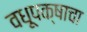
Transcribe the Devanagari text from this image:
वधूपक्षाचा